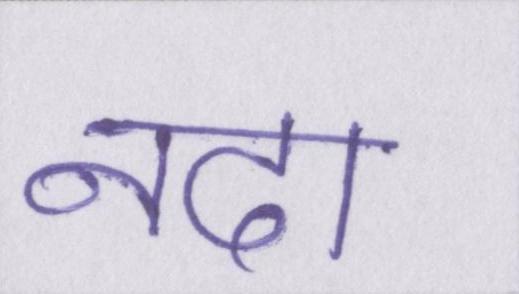
नदा